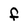
Character: F